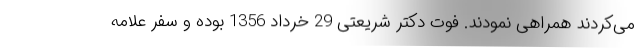
می‌کردند همراهی نمودند. فوت دکتر شریعتی 29 خرداد 1356 بوده و سفر علامه